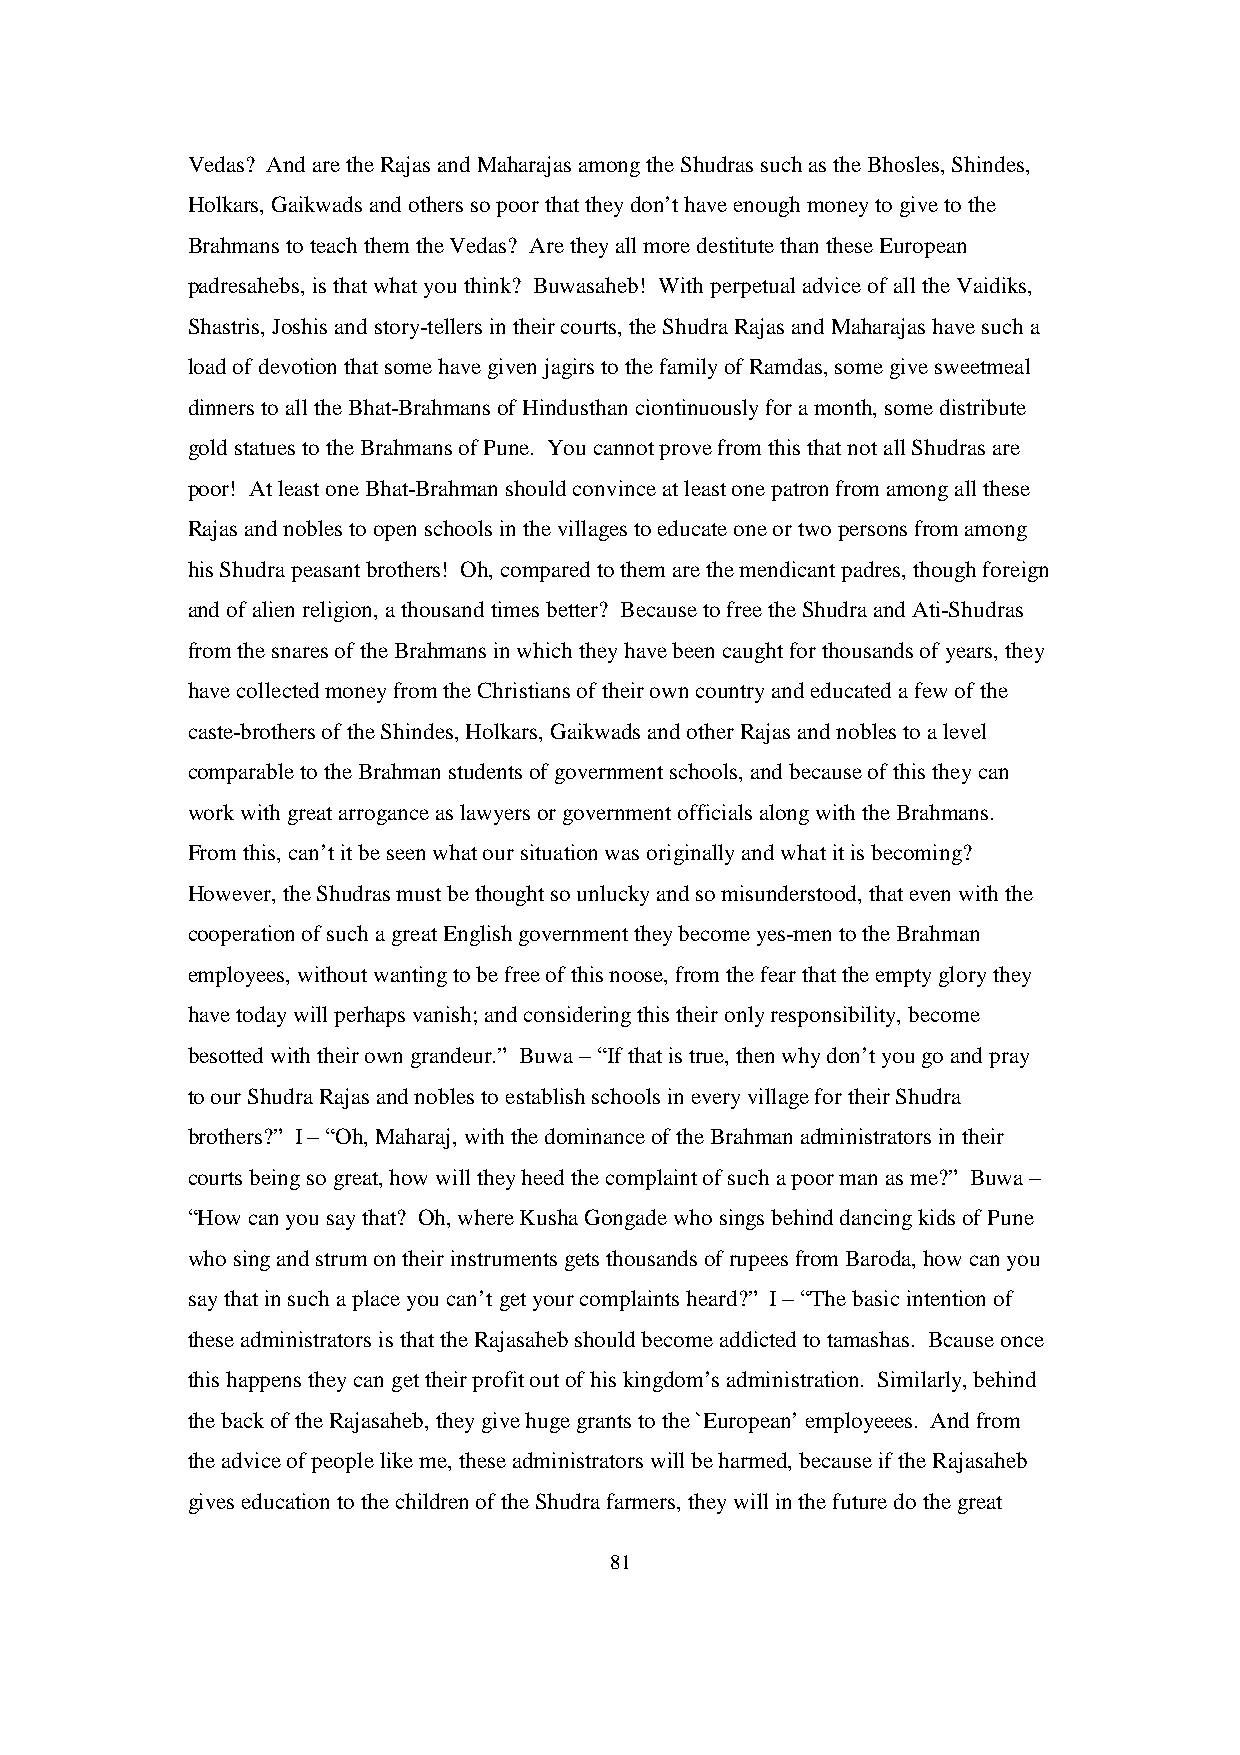
Vedas? And are the Rajas and Maharajas among the Shudras such as the Bhosles, Shindes,
 Holkars, Gaikwads and others so poor that they don’t have enough money to give to the
 Brahmans to teach them the Vedas? Are they all more destitute than these European
 padresahebs, is that what you think? Buwasaheb! With perpetual advice of all the Vaidiks,
 Shastris, Joshis and story-tellers in their courts, the Shudra Rajas and Maharajas have such a
 load of devotion that some have given jagirs to the family of Ramdas, some give sweetmeal
 dinners to all the Bhat-Brahmans of Hindusthan ciontinuously for a month, some distribute
 gold statues to the Brahmans of Pune. You cannot prove from this that not all Shudras are
 poor! At least one Bhat-Brahman should convince at least one patron from among all these
 Rajas and nobles to open schools in the villages to educate one or two persons from among
 his Shudra peasant brothers! Oh, compared to them are the mendicant padres, though foreign
 and of alien religion, a thousand times better? Because to free the Shudra and Ati-Shudras
 from the snares of the Brahmans in which they have been caught for thousands of years, they
 have collected money from the Christians of their own country and educated a few of the
 caste-brothers of the Shindes, Holkars, Gaikwads and other Rajas and nobles to a level
 comparable to the Brahman students of government schools, and because of this they can
 work with great arrogance as lawyers or government officials along with the Brahmans.
 From this, can’t it be seen what our situation was originally and what it is becoming?
 However, the Shudras must be thought so unlucky and so misunderstood, that even with the
 cooperation of such a great English government they become yes-men to the Brahman
 employees, without wanting to be free of this noose, from the fear that the empty glory they
 have today will perhaps vanish; and considering this their only responsibility, become
 besotted with their own grandeur.” Buwa – “If that is true, then why don’t you go and pray
 to our Shudra Rajas and nobles to establish schools in every village for their Shudra
 brothers?” I – “Oh, Maharaj, with the dominance of the Brahman administrators in their
 courts being so great, how will they heed the complaint of such a poor man as me?” Buwa –
 “How can you say that? Oh, where Kusha Gongade who sings behind dancing kids of Pune
 who sing and strum on their instruments gets thousands of rupees from Baroda, how can you
 say that in such a place you can’t get your complaints heard?” I – “The basic intention of
 these administrators is that the Rajasaheb should become addicted to tamashas. Bcause once
 this happens they can get their profit out of his kingdom’s administration. Similarly, behind
 the back of the Rajasaheb, they give huge grants to the `European’ employeees. And from
 the advice of people like me, these administrators will be harmed, because if the Rajasaheb
 gives education to the children of the Shudra farmers, they will in the future do the great
 81